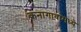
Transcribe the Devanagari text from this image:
कनागावामध्ये